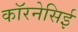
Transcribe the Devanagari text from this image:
कॉरनेसिई